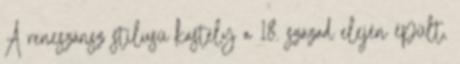
A reneszánsz stílusú kastély a 18. század elején épült,